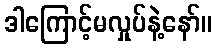
ဒါကြောင့်မလှုပ်နဲ့နော်။